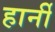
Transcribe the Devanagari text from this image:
हार्नी